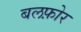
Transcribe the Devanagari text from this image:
बलफ़ोर